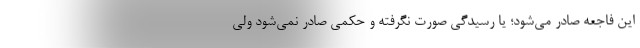
این فاجعه صادر می‌شود؛ یا رسیدگی صورت نگرفته و حکمی صادر نمی‌شود ولی